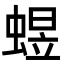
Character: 䗑